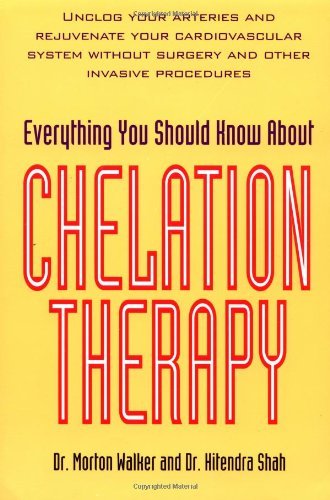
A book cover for By Morton Walker - Everything You Should Know about Chelation Therapy: 1st (first) Edition; Hitendrah Shah (With) Morton Walker; Health, Fitness & Dieting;